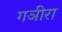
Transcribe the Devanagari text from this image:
गञीरा